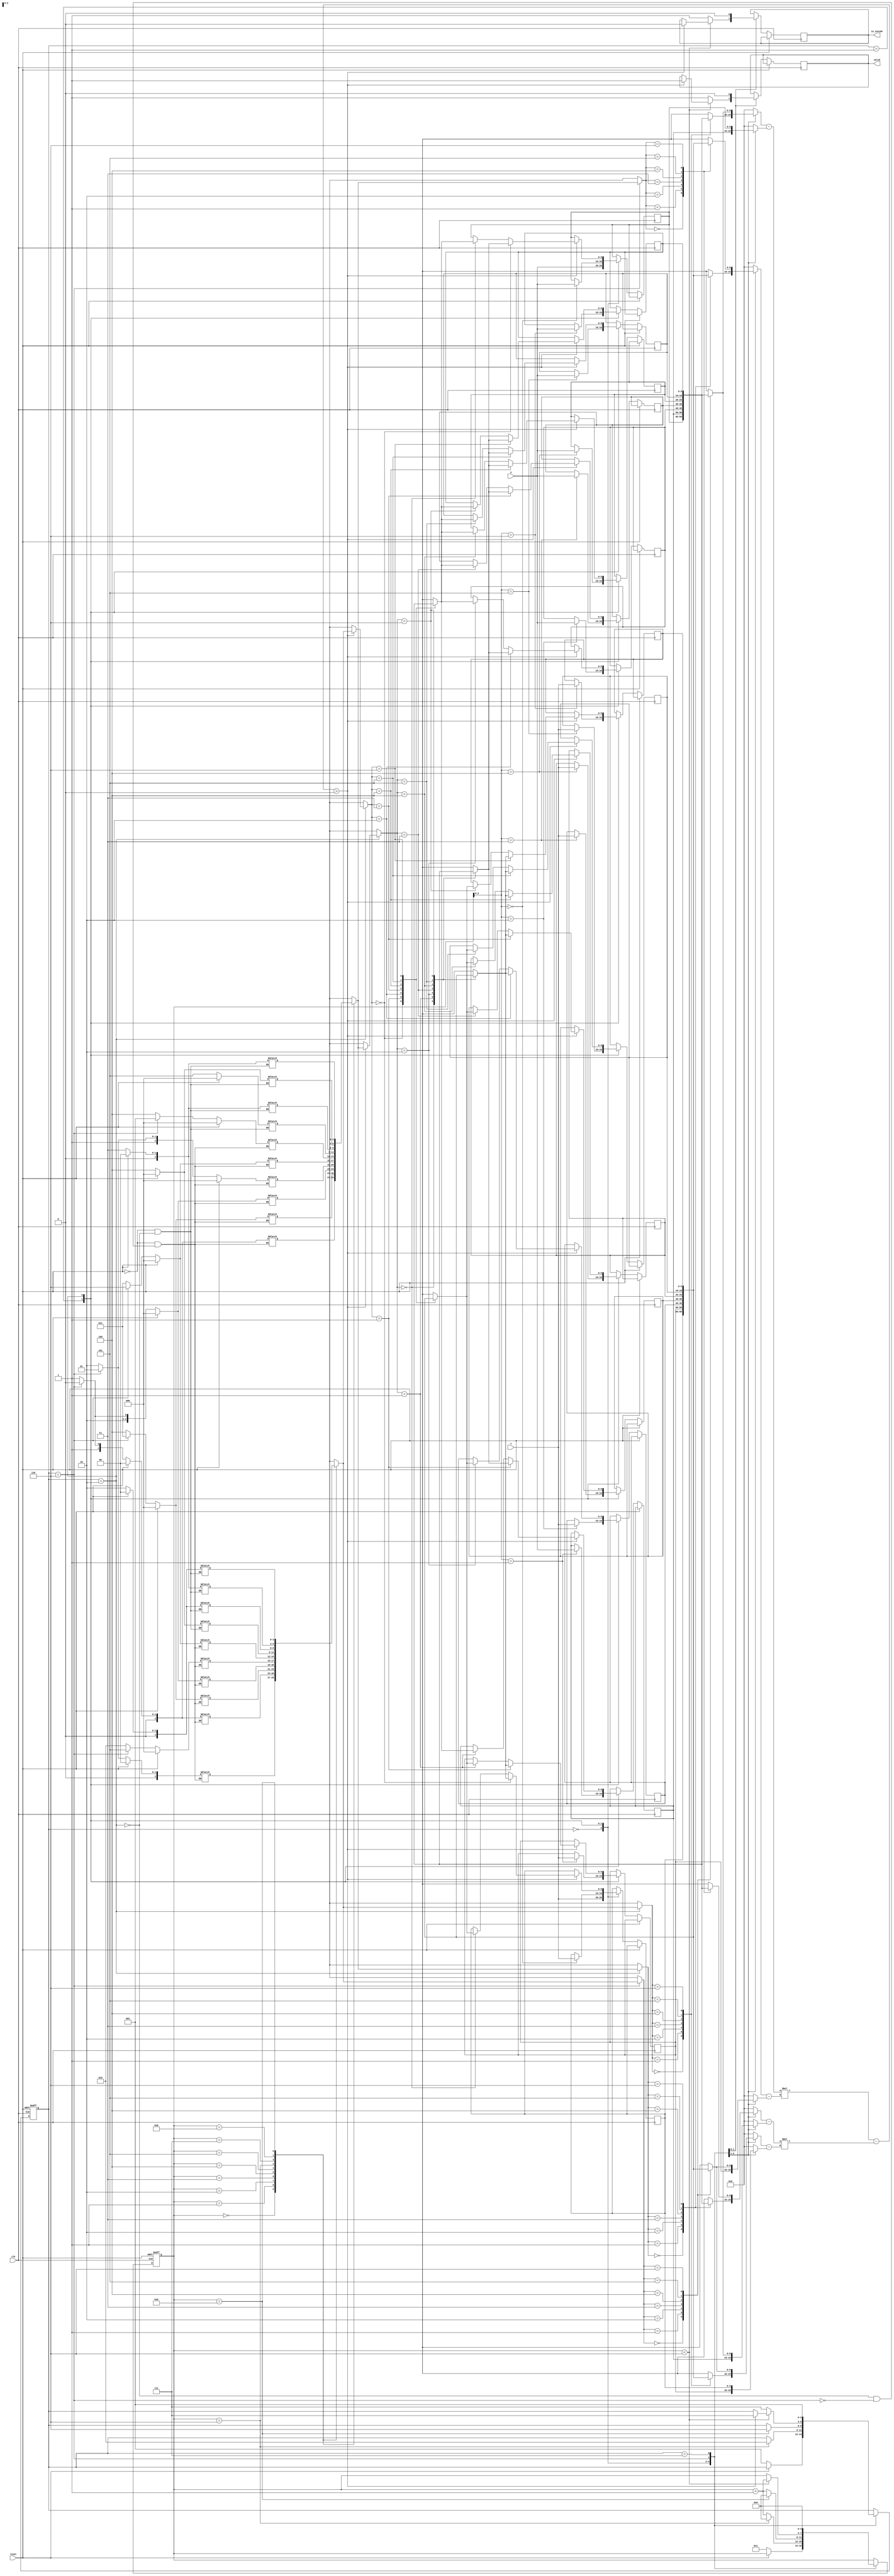
module geofence ( clk,reset,X,Y,valid,is_inside);
  input clk;
  input reset;
  input [9:0] X;
  input [9:0] Y;
  output reg valid;
  output reg is_inside;
  //reg valid;
  //reg is_inside;

  reg [2:0] cs;
  reg [3:0] cnt;
  reg [9:0] RX_x [0:6];
  reg [9:0] RX_y [0:6];

  reg [9:0] o1_x,o1_y,o2_x,o2_y;
  reg [9:0] x1,x2,y1,y2;
  wire signed [10:0] v1_x=x1-o1_x, v2_x=x2-o2_x, v1_y=y1-o1_y, v2_y=y2-o2_y;

  parameter IDLE = 0, RX=1, SORT= 2,DET= 6,DONE=7;
  reg [2:0] i[9:0],j [9:0];

  wire signed [22:0] crs = (v1_x*v2_y) - (v2_x*v1_y);

  integer x;
  always @(*)
  begin
    if(reset)
    begin
      for(x=0;x<10;x=x+1)
      begin
        {i[x],j[x]} <=0;
      end
    end
    else
    begin
      case (cs)
        SORT:
        begin
          i[0]<=2;
          j[0]<=3;
          i[1]<=3;
          j[1]<=4;
          i[2]<=4;
          j[2]<=5;
          i[3]<=5;
          j[3]<=6;
          i[4]<=2;
          j[4]<=3;
          i[5]<=3;
          j[5]<=4;
          i[6]<=4;
          j[6]<=5;
          i[7]<=2;
          j[7]<=3;
          i[8]<=3;
          j[8]<=4;
          i[9]<=2;
          j[9]<=3;
        end
        DET:
        begin
          i[0]<=1;
          j[0]<=2;
          i[1]<=2;
          j[1]<=3;
          i[2]<=3;
          j[2]<=4;
          i[3]<=4;
          j[3]<=5;
          i[4]<=5;
          j[4]<=6;
          i[5]<=6;
          j[5]<=1;
        end
      endcase
    end
  end
  always @(*)
  begin
    case (cs)
      SORT:
      begin
        o1_x = RX_x[1];
        o1_y = RX_y[1];
        o2_x = RX_x[1];
        o2_y = RX_y[1];
        x1 = RX_x[i[cnt]];
        y1 = RX_y[i[cnt]];
        x2 = RX_x[j[cnt]];
        y2 = RX_y[j[cnt]];
      end
      DET:
      begin
        o1_x = RX_x[0];
        o1_y = RX_y[0];
        o2_x = RX_x[i[cnt]];
        o2_y = RX_y[i[cnt]];
        x1 = RX_x[i[cnt]];
        y1 = RX_y[i[cnt]];
        x2 = RX_x[j[cnt]];
        y2 = RX_y[j[cnt]];
      end
      default:
      begin
        o1_x = 0;
        o1_y = 0;
        o2_x = 0;
        o2_y = 0;
        x1 = 0;
        y1 = 0;
        x2 = 0;
        y2 = 0;
      end
    endcase
  end
  always @(posedge clk ,posedge reset)
  begin
    if(reset)
    begin
      cs <= IDLE;
      cnt <= 0;
    end
    else
    begin
      case (cs)
        IDLE:
        begin
          if(!reset)
          begin
            cs <= RX;
            RX_x[0] <= X;
            RX_y[0] <= Y;
            cnt <= 1;
          end
        end
        RX:
        begin
          if(cnt == 6)
          begin
            cnt <= 0;
            cs <= SORT;
          end
          else
          begin
            cnt <= cnt +1;
          end
          RX_x[cnt] <= X;
          RX_y[cnt] <= Y;
        end
        SORT:
        begin
          if(crs>0)
          begin
            RX_x[j[cnt]]<=RX_x[i[cnt]];
            RX_y[j[cnt]]<=RX_y[i[cnt]];
            RX_x[i[cnt]]<=RX_x[j[cnt]];
            RX_y[i[cnt]]<=RX_y[j[cnt]];
          end

          if(cnt==9)
          begin
            cs <= DET;
            cnt <= 0;
          end
          else
          begin
            cnt <= cnt +1;
          end
        end
        DET:
        begin
          if(cnt <6)
          begin
            if(crs>0)
            begin
              cs <= DONE;
              is_inside <= 0;
              valid <= 1;
            end
            cnt <= cnt + 1;
          end
          else
          begin
            cs <= DONE;
            is_inside <= 1;
            valid <= 1;
          end
        end
        DONE:
        begin
          cs <= RX;
          cnt <= 0;
          is_inside <= 0;
          valid <= 0;
        end
      endcase
    end
  end
endmodule